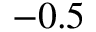
- 0 . 5